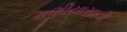
મણીયાસાની